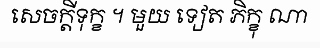
សេចក្តីទុក្ខ ។ មួយ ទៀត ភិក្ខុ ណា